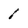
Character: I